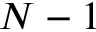
N - 1